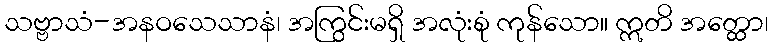
သဗ္ဗာသံ-အနဝသေသာနံ၊ အကြွင်းမရှိ အလုံးစုံ ကုန်သော။ ဣတိ အတ္ထော၊